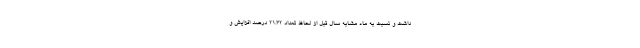
داشت و نسبت به ماه مشابه سال قبل از لحاظ تعداد ۲۱.۳۲ درصد افزایش و